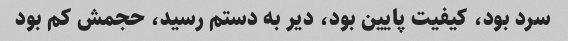
سرد بود، کیفیت پایین بود، دیر به دستم رسید، حجمش کم بود